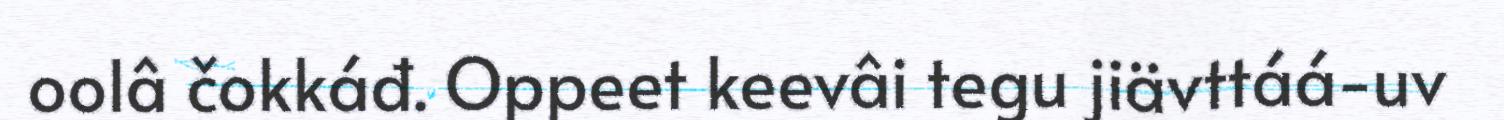
oolâ čokkáđ. Oppeet keevâi tegu jiävttáá-uv